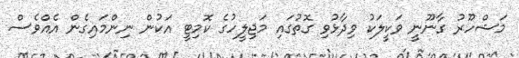
މަޝްހޫރު ގާނޫނީ ވަކީލަކު ވިދާޅުވި ގޮތުގައި މަޖިލީހުގެ ކޮމިޓީ އަކުން ނިންމައިގެން އެއްވެސް